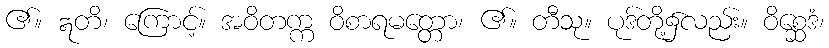
၏။ ဣတိ၊ ကြောင့်။ အဝိတက္က ဝိစာရမတ္တော၊ ၏။ တီသု။ ပုဒ်တို့၌လည်း။ ဝိစ္ဆေဒံ၊